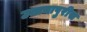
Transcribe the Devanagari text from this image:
उत्तमापुरीस